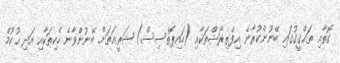
ގޮތާއި ތަޙްޤީޤުގައި ބޭނުންކުރާނެ އިފްތިރާޟްތަކާއި (ހައިޕޮތެސިސް) ޝަރީޢަތަށް ބޭނުންވާނެ ހެކިތަކާއި އަދި ޙުކުމް